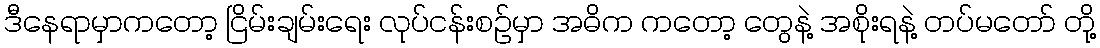
ဒီနေရာမှာကတော့ ငြိမ်းချမ်းရေး လုပ်ငန်းစဉ်မှာ အဓိက ကတော့ တွေနဲ့ အစိုးရနဲ့ တပ်မတော် တို့